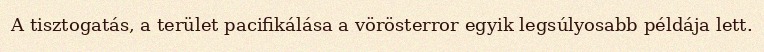
A tisztogatás, a terület pacifikálása a vörösterror egyik legsúlyosabb példája lett.